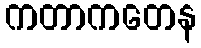
ကတာကတေန